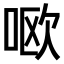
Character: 𫪘